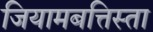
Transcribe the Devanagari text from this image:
जियामबत्तिस्ता